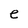
Character: e